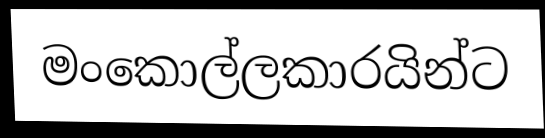
මංකොල්ලකාරයින්ට